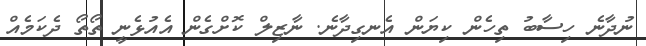
ނުދާނެ ހިސާބު ތިހެން ކިޔަން އެނގިދާނެ. ނާޒިލް ކޮށްގެން އެއުޅެނީ ތޯތޯ ދެކަމެއް